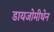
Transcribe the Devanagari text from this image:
डायजोमीथेन